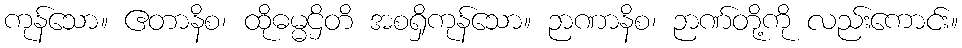
ကုန်သော။ ဧတာနိစ၊ ထိုဓမ္မဌိတိ အစရှိကုန်သော။ ဉာဏာနိစ၊ ဉာဏ်တို့ကို လည်းကောင်း။